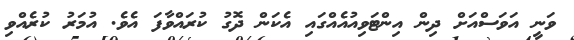
ވަނީ އަވަސްއަށް ދިން އިންޓަވިއުއެއްގައި އެކަން ދޮގު ކުރައްވާފަ އެވެ. އުމަރު ކުރެއްވި